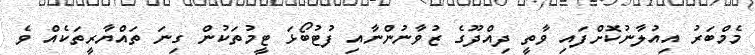
މެމްބަރު އިއުލާނުކޮށްފައި ވާތީ ދިއްދޫގެ ޒުވާނުންނާއި ފުޓުބޯޅަ ޓީމުތަކުން ގިނަ ތައްޔާރީތަކެއް ވެ